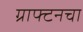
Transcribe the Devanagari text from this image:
ग्राफ्टनचा